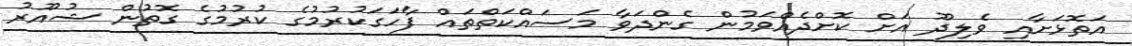
އަތޮޅަށާއި ވެލިދޫ އަށް ކޮށްދެއްވަމުން ގެންދަވާ މަސައްކަތްތައް ފާހަގަކުރުމުގެ ކުރުމުގެ ގޮތުން ޝުއޫރު